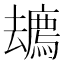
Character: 𱝎